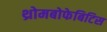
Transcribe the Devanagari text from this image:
थ्रोमबोफेबिटिस